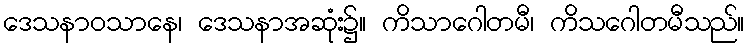
ဒေသနာဝသာနေ၊ ဒေသနာအဆုံး၌။ ကိသာဂေါတမီ၊ ကိသဂေါတမီသည်။